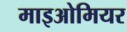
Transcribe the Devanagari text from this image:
माइओमियर